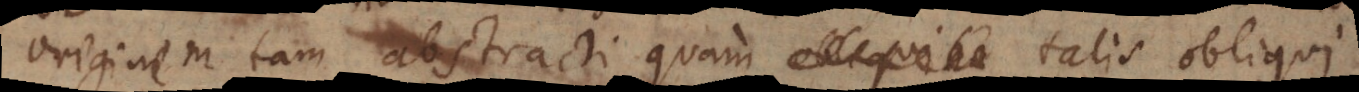
originem Á tam abstracti quam talis obliqui.